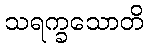
သရက္ခသောတိ